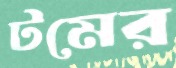
টমের